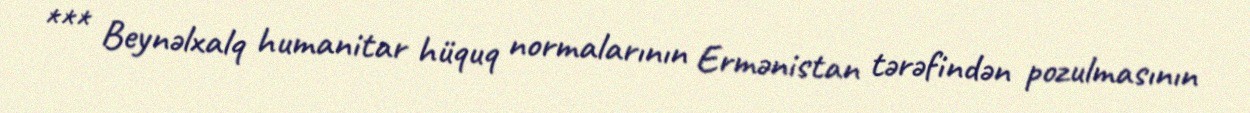
*** Beynəlxalq humanitar hüquq normalarının Ermənistan tərəfindən pozulmasının